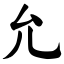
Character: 允